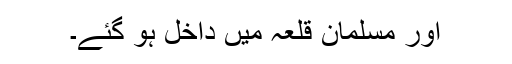
اور مسلمان قلعہ میں داخل ہو گئے۔